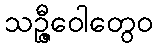
သဉ္ဇီဝေါတွေဝ